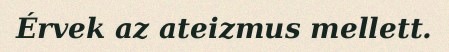
Érvek az ateizmus mellett.